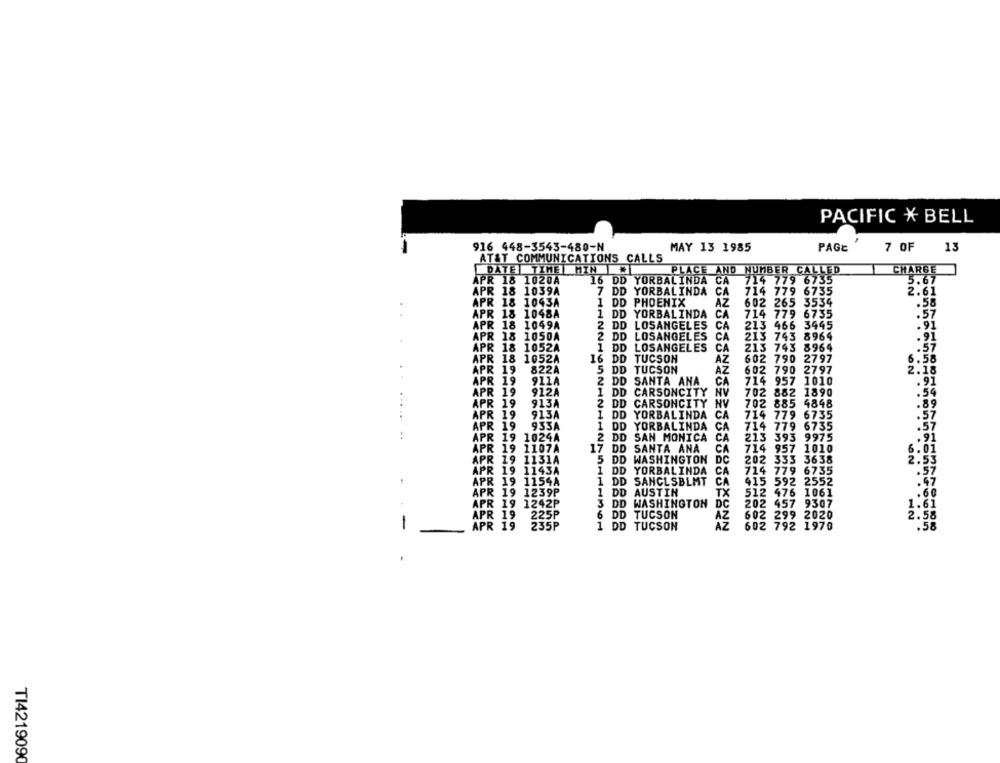
PACIFIC X BELL
916 448-3543-480-N
MAY 13 1985
PAGE
7 OF
13
AT&T COMMUNICATIONS CALLS
DATE TIME MIN
PLACE AND NUMBER CALLED
CHARGE
APR 18 1020A
16 DD YORBALINDA CA
714 779 6735
5.67
APR 18 1039A
7 DD YORBALINDA
CA
714 779 6735
2.61
APR 18 1043A
1 DD PHOENIX
AZ
602 265 3534
.58
APR 18 1048A
1 DD YORBALINDA
CA
714 779 6735
.57
APR 18 1049A
2 DD LOSANGELES CA
213 466 3445
2 DD LOSANGELES
CA
213 743 8964
APR 18 1050A
APR 18 1052A
1 DD LOSANGELES
CA
213 743 8964
APR 18
1052A
16 DD TUCSON
AZ
602 790 2797
APR 19
822A
5 DD TUCSON
AZ
602 790 2797
APR 19
911A
CA
714 957 1010
2 DD SANTA ANA
APR 19
912A
1 DD CARSONCITY
NV
702 882 1890
APR 19
913A
2 DD CARSONCITY
NV
702 885 4848
APR 19
913A
1 DD YORBALINDA CA
714 779 6735
APR 19
933A
1 DD YORBALINDA CA
714 779 6735
APR 19
1024A
2 DD SAN MONICA
CA
213 393 9975
APR 19
1107A
17 DD SANTA ANA
CA
714 957 1010
APR 19 1131A
202 333 3638
5 DD WASHINGTON DC
APR 19 1143A
1 DD YORBALINDA
CA
714 779 6735
APR 19
1154A
1 DD SANCLSBLMT
CA
415 592 2552
APR 19 1239P
1 DD AUSTIN
TX
512 476 1061
APR 19 1242P
3 DD WASHINGTON DC
202 457 9307
1.6.
APR 19
225P
6 DD TUCSON
AZ
602 299 2020
-
APR 19
235P
1 DD TUCSON
AZ
602 792 1970
.58
TI4219090